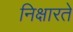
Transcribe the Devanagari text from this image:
निक्षारते